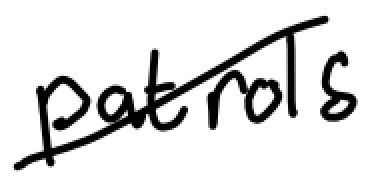
Text: patrols
Cross-out: diagonal
Writing tool: digital_black